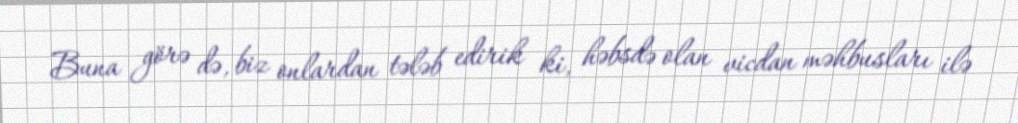
Buna görə də, biz onlardan tələb edirik ki, həbsdə olan vicdan məhbusları ilə